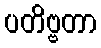
ပတိဗ္ဗတာ